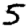
Digit: 5